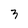
Character: 3